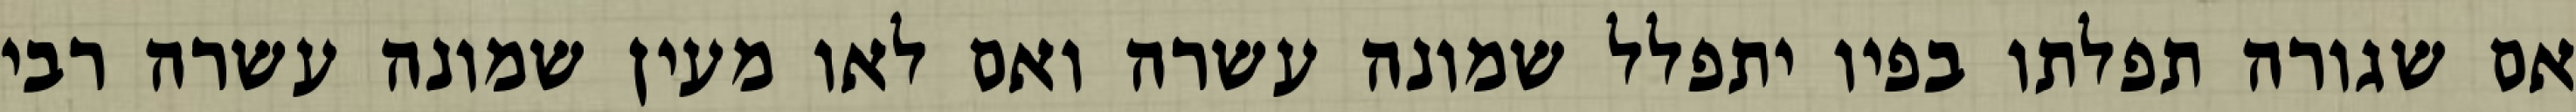
אם שגורה תפלתו בפיו יתפלל שמונה עשרה ואם לאו מעין שמונה עשרה רבי